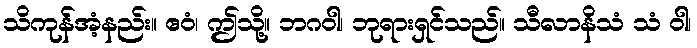
သိကုန်အံ့နည်း။ ဧဝံ၊ ဤသို့။ ဘဂဝါ၊ ဘုရားရှင်သည်။ သီလာနိသံ သံ ဝါ၊